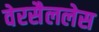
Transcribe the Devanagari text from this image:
वेरसैललेस